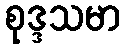
စုဒ္ဒသမာ